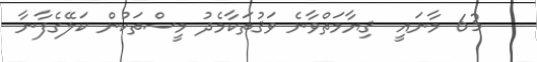
63 މާނައީ  ޤިޔާމަތްވާނެ ވަޤުތަކާމެދު މީސްތަކުން ކަލޭގެފާނާ